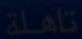
ناهلة